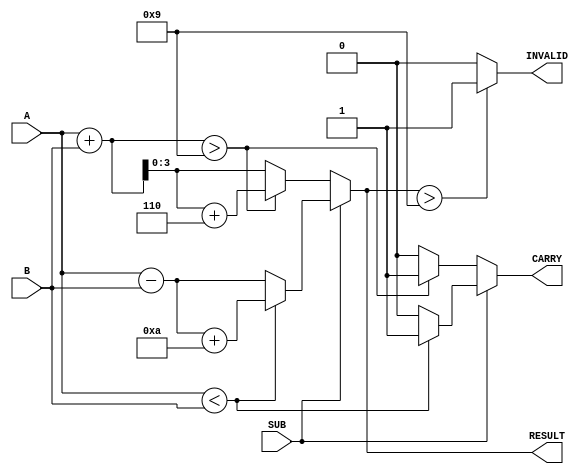
module BCD_Add_Subtracter (
    input [3:0] A,        // First BCD digit
    input [3:0] B,        // Second BCD digit
    input SUB,            // Control signal: 0 for addition, 1 for subtraction
    output reg [3:0] RESULT, // Resulting BCD digit
    output reg CARRY,     // Carry out for addition or borrow for subtraction
    output reg INVALID    // Indicates an invalid BCD result
);

    reg [4:0] sum;       // Store sum (5 bits to account for carry)
    reg [4:0] diff;      // Store difference (5 bits to account for borrow)

    always @(*) begin
        // Default output values
        RESULT = 4'b0000;
        CARRY = 1'b0;
        INVALID = 1'b0;

        if (SUB == 1'b0) begin // Addition A + B
            sum = A + B;       // Perform addition
            if (sum > 4'b1001) begin // Check if sum exceeds 9
                sum = sum + 5'b00110; // BCD correction: add 6
                CARRY = 1'b1;   // Set carry flag
            end
            RESULT = sum[3:0];   // Assign lower 4 bits to result
        end else begin // Subtraction A - B
            diff = A - B;       // Perform subtraction
            if (A < B) begin     // Check for borrow
                diff = diff + 5'b01010; // BCD correction: add 10
                CARRY = 1'b1;   // Set borrow flag
            end
            RESULT = diff[3:0]; // Assign lower 4 bits to result
        end
        
        // Check INVALID condition
        if (RESULT > 4'b1001) begin
            INVALID = 1'b1;    // Set INVALID flag
        end
    end
    
endmodule